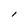
Character: l